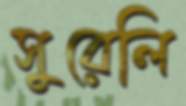
সুরেলি